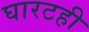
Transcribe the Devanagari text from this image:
घारटही